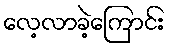
လေ့လာခဲ့ကြောင်း